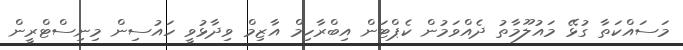
މަސައްކަތާ ގުޅޭ މައުލޫމާތު ދެއްވަމުން ކެޕްޓަން އިބްރާހިމް އާޒިމް ވިދާޅުވީ ހައުސިން މިނިސްޓްރީން